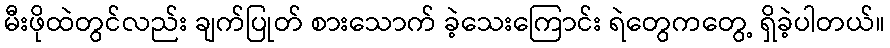
မီးဖိုထဲတွင်လည်း ချက်ပြုတ် စားသောက် ခဲ့သေးကြောင်း ရဲတွေကတွေ့ ရှိခဲ့ပါတယ်။